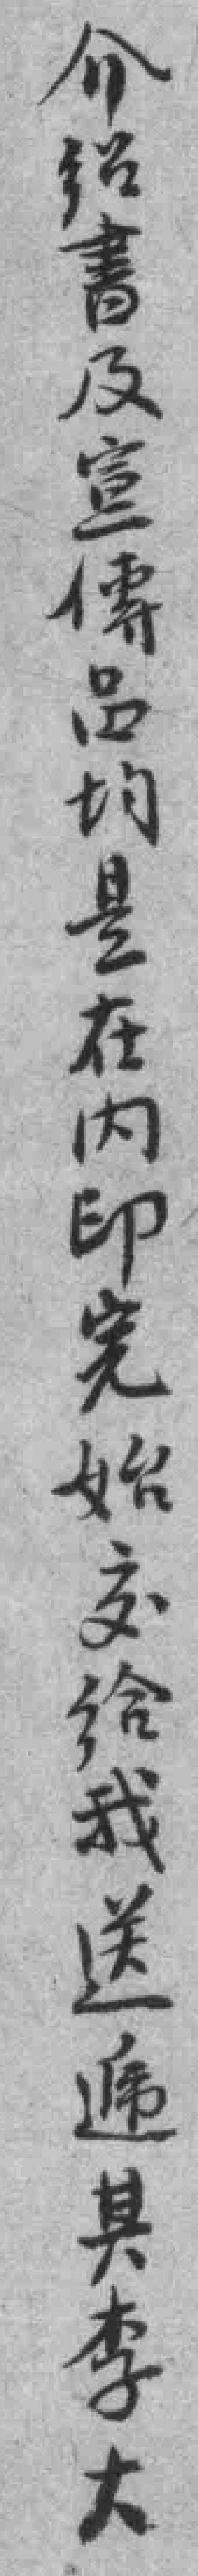
介绍書及宣傳品均是在内印完始交給我送遞其李大